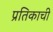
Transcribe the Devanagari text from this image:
प्रतिकाची